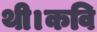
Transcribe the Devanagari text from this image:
थी।कवि